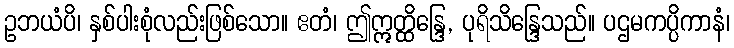
ဥဘယံပိ၊ နှစ်ပါးစုံလည်းဖြစ်သော။ ဧတံ၊ ဤဣတ္ထိန္ဒြေ, ပုရိသိန္ဒြေသည်။ ပဌမကပ္ပိကာနံ၊